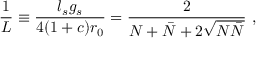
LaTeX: \frac { 1 } { L } \equiv \frac { l _ { s } g _ { s } } { 4 ( 1 + c ) r _ { 0 } } = \frac { 2 } { N + \bar { N } + 2 \sqrt { N \bar { N } } } ~ ,